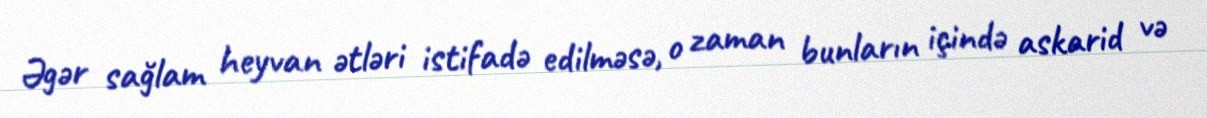
Əgər sağlam heyvan ətləri istifadə edilməsə, o zaman bunların içində askarid və